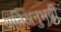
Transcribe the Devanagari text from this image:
अतिअनुभवी